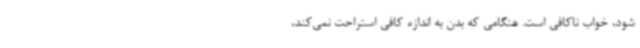
شود، خواب ناکافی است. هنگامی که بدن به اندازه کافی استراحت نمی‌کند،